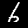
Digit: 6